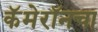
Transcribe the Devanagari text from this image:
कॅमेरॉनचा